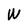
Character: W